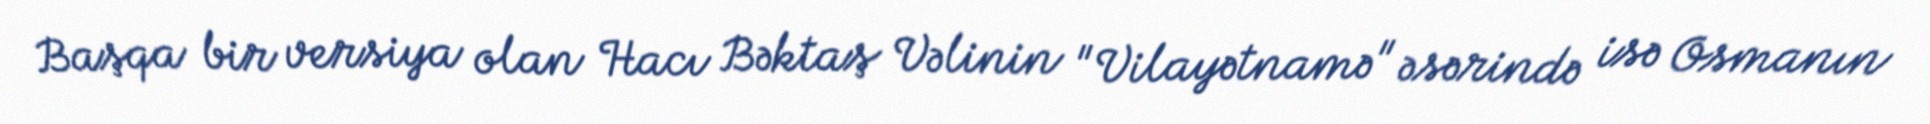
Başqa bir versiya olan Hacı Bəktaş Vəlinin "Vilayətnamə" əsərində isə Osmanın